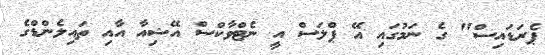
ޕެރަޑައިސް" ގެ ނަމުގައި އޭ ޕްލަސް އީ ނެޓްވާކްސް އޭޝިއާ އާއި ތައިލެންޑްގެ